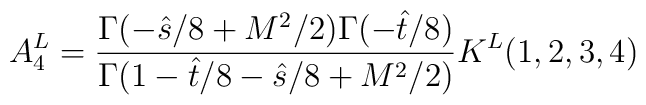
A_4^{L}  =  {\Gamma(-\hat s/8+M^2/2)\Gamma(-\hat t/8) \over \Gamma(1-\hat t/8 -\hat s/8 +M^2/2)} K^L(1,2,3,4)